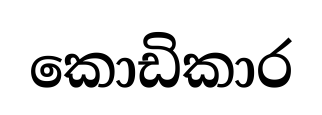
කොඩිකාර